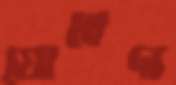
যোবেদা